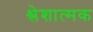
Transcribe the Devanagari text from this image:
श्लेशात्मक